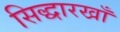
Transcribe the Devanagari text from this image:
सिद्धारखाँ